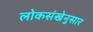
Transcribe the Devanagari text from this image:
लोकसंखेनुसार